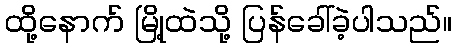
ထို့နောက် မြို့ထဲသို့ ပြန်ခေါ်ခဲ့ပါသည်။